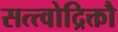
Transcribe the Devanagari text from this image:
सत्त्वोद्रिक्तौ